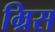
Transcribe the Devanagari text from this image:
म्रिस